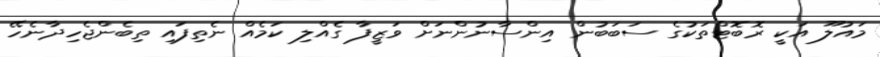
މައުލޫ އަކީ ރޮބޮޓްތަކުގެ ސަބަބުން އިންސާނުންނަށް ވަޒީފާ ގެއްލި ކަމެއް ނެތިފައި ތިބެންޖެހިދާނެހޭ